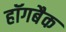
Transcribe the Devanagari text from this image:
हॉगबैक